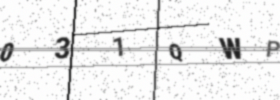
Text: 031QWP